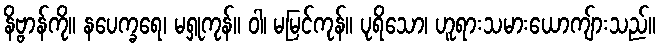
နိဗ္ဗာန်ကို။ နပေက္ခရေ၊ မရှုကုန်။ ဝါ၊ မမြင်ကုန်။ ပုရိသော၊ ဟူရားသမားယောကျ်ားသည်။